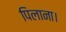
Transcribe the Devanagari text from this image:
पिलाना।